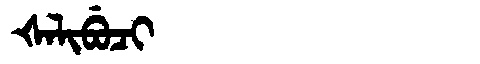
Manchu: ᡧᠠᠯᡳᠪᡠᠴᡳ
Romanization: ŠALIBUCI